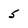
Character: 5